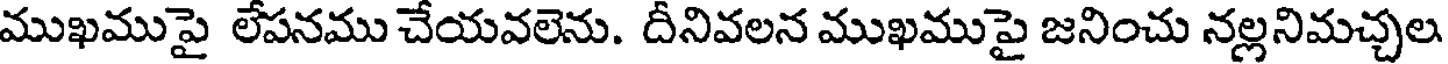
ముఖముపై లేపనము చేయవలెను. దీనివలన ముఖముపై జనించు నల్లనిమచ్చల